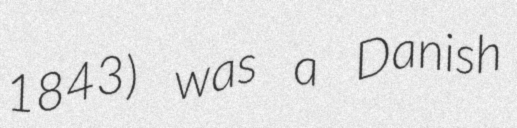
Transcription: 1843) was a Danish